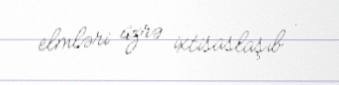
elmləri üzrə ixtisaslaşıb .